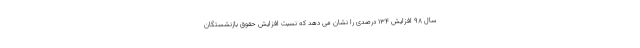
سال ۹۸ افزایش ۱۳۴ درصدی را نشان می دهد که نسبت افزایش حقوق بازنشستگان